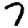
Digit: 7